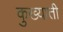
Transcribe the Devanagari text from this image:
कुख्याती